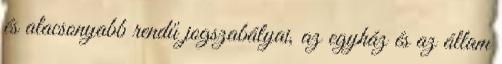
és alacsonyabb rendű jogszabályai, az egyház és az állam